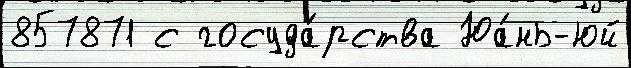
857871 с госуда́рства Юа́нь-юй